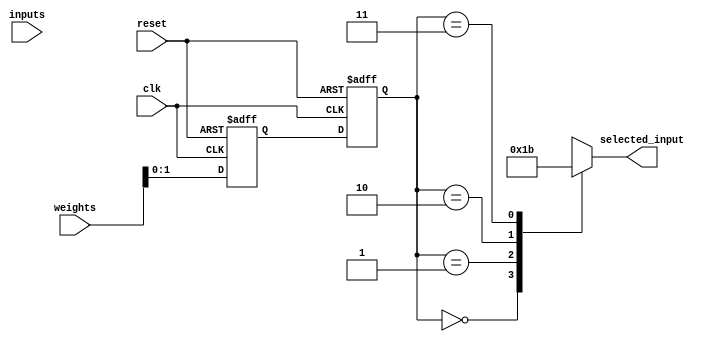
module weighted_arbiter (
    input wire clk,
    input wire reset,
    input wire [3:0] weights,
    input wire [3:0] inputs,
    output reg [1:0] selected_input
);

reg [1:0] current_priority;
reg [2:0] next_priority;

always @ (posedge clk or posedge reset) begin
    if (reset) begin
        current_priority <= 2'b00;
        next_priority <= 3'b000;
    end else begin
        current_priority <= next_priority[1:0];
        next_priority <= {weights[3], weights[2], weights[1], weights[0]};
    end
end

always @* begin
    case (current_priority)
        2'b00: selected_input = 2'b00;
        2'b01: selected_input = 2'b01;
        2'b10: selected_input = 2'b10;
        2'b11: selected_input = 2'b11;
        default: selected_input = 2'b00;
    endcase
end

endmodule